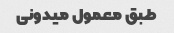
طبق معمول میدونی